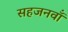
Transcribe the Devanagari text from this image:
सहजनवॉं